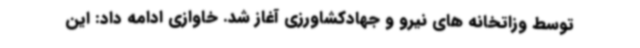
توسط وزاتخانه های نیرو و جهادکشاورزی آغاز شد. خاوازی ادامه داد: این